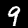
Label: 9